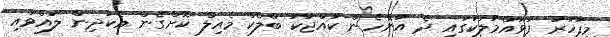
މިފަހަރު ފުވައްމުލަކުގައި ދެ އަންހެން ކުއްޖަކު ބްލެކް މެއިލް ކޮށްގެން އެކުދިން ލައްވައި